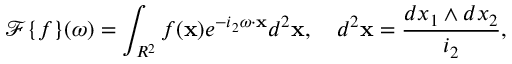
{ \mathcal F } \{ f \} ( \omega ) = \int _ { R ^ { 2 } } f ( { \bf x } ) e ^ { - i _ { 2 } \omega \cdot { \bf x } } d ^ { 2 } { \bf x } , \quad d ^ { 2 } { \bf x } = \frac { d x _ { 1 } \wedge d x _ { 2 } } { i _ { 2 } } ,